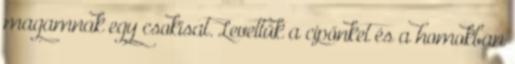
magamnak egy csokisat. Levettük a cipőnket és a homokban